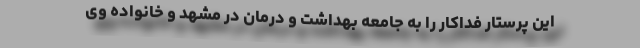
این پرستار فداکار را به جامعه بهداشت و درمان در مشهد و خانواده وی